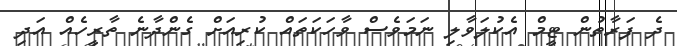
ދެ ފަރާތުން ޓީމް އެކުލަވާލި ނަމަވެސް ވާހަކަތައް ކުރިއަށް ގެންދާނެ ތާރީހެއް އަދި